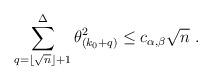
LaTeX: \begin{align*} \sum_{q=\lfloor \sqrt{n}\rfloor+1}^{\Delta }\theta^2_{(k_0+q)}\leq c_{\alpha,\beta} \sqrt{n}\ . \end{align*}